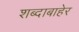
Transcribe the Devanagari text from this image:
शब्दाबाहेर